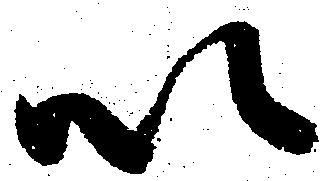
以